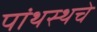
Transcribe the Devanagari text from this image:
पांथस्थचे